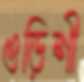
ওড়িশী